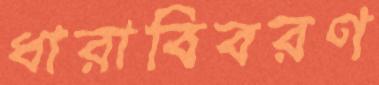
ধারাবিবরণ